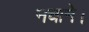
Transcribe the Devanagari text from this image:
नचाने।